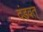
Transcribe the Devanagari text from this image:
दंडवत्‌